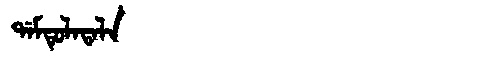
Manchu: ᡩᠠᠮᡨᡠᠯᠠᡨᠠᠯᠠ
Romanization: DAMTULATALA